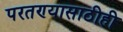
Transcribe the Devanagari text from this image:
परतण्यासाठीही